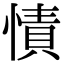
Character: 㥽